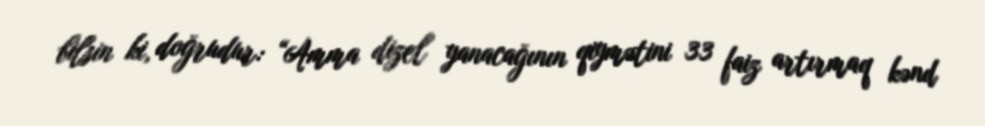
bilsin ki, doğrudur: “Amma dizel yanacağının qiymətini 33 faiz artırmaq kənd